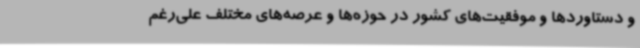
و دستاوردها و موفقیت‌های کشور در حوزه‌ها و عرصه‌های مختلف علی‌رغم